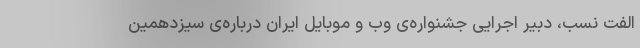
الفت نسب، دبیر اجرایی جشنواره‌ی وب و موبایل ایران درباره‌ی سیزدهمین